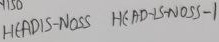
Text: HEADIS-NOSS HEAD-IS-NOSS-1